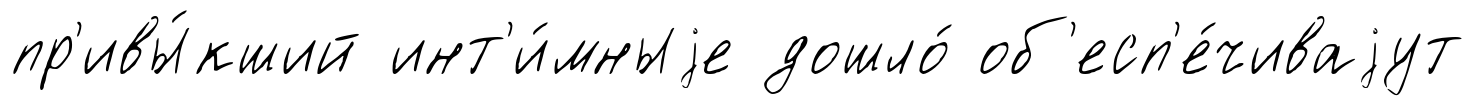
пр'ивы́кший инт'и́мныjе дошло́ об'есп'е́чиваjут